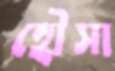
হৌসা